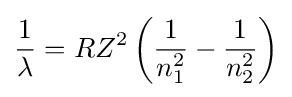
{\frac {1}{\lambda }}=RZ^{2}\left({\frac {1}{n_{1}^{2}}}-{\frac {1}{n_{2}^{2}}}\right)